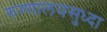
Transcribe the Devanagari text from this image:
रुग्णालयसुध्दा